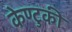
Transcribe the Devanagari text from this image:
केण्टुकी